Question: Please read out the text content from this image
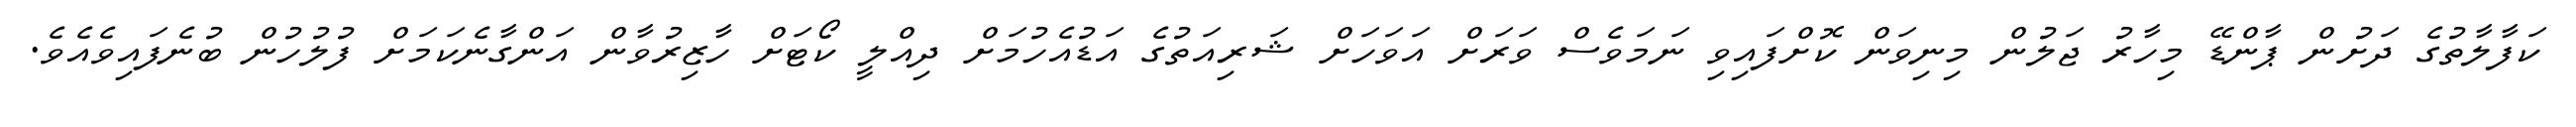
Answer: ކަފާލާތުގެ ދަށުން ޕާންޑޭ މިހާރު ޖަލުން މިނިވަން ކޮށްފައިވި ނަމަވެސް ވަރަށް އަވަހަށް ޝަރިއަތުގެ އަޑުއެހުމަށް ދިއްލީ ކޯޓަށް ހާޒިރުވާން އަންގާނެކަމަށް ފުލުހުން ބުނެފައިވެއެވެ.